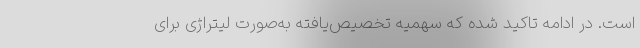
است. در ادامه تاکید شده که سهمیه تخصیص‌یافته به‌صورت لیتراژی برای